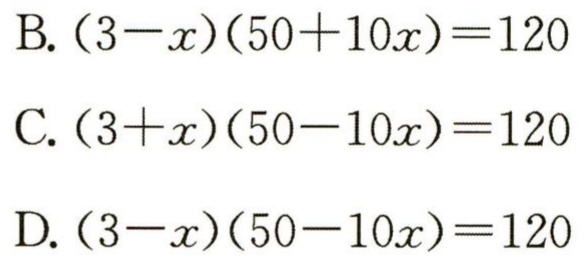
B. \((3 - x)(50 + 10x)=120\)

C. \((3 + x)(50 - 10x)=120\)

D. \((3 - x)(50 - 10x)=120\)